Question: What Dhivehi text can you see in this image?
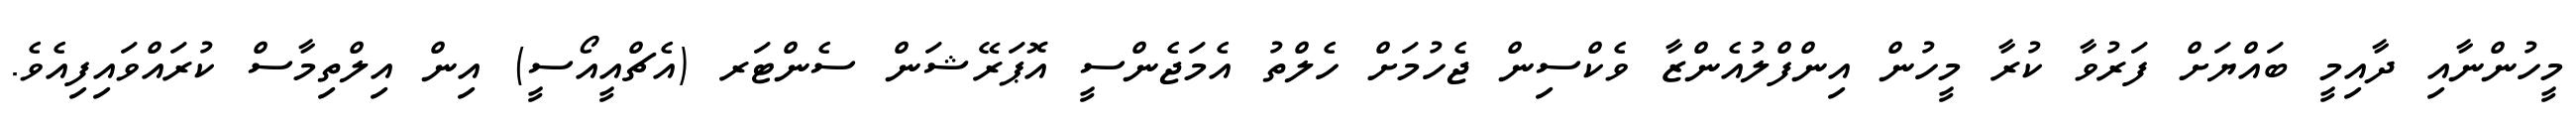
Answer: މީހުންނާއި ދާއިމީ ބައްޔަށް ފަރުވާ ކުރާ މީހުން އިންފްލުއެންޒާ ވެކްސިން ޖެހުމަށް ހެލްތު އެމަޖެންސީ އޮޕަރޭޝަން ސެންޓަރ (އެޗްއީއޯސީ) އިން އިލްތިމާސް ކުރައްވައިފިއެވެ.